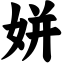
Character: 姘